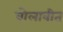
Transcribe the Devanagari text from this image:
बोलावीत